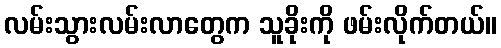
လမ်းသွားလမ်းလာတွေက သူခိုးကို ဖမ်းလိုက်တယ်။